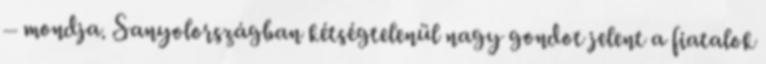
– mondja. Sanyolországban kétségtelenül nagy gondot jelent a fiatalok